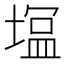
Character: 𭏛